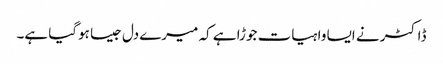
ڈاکٹر نے ایسا واہیات جوڑا ہے کہ میرے دل جیسا ہوگیا ہے۔